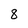
Character: 8